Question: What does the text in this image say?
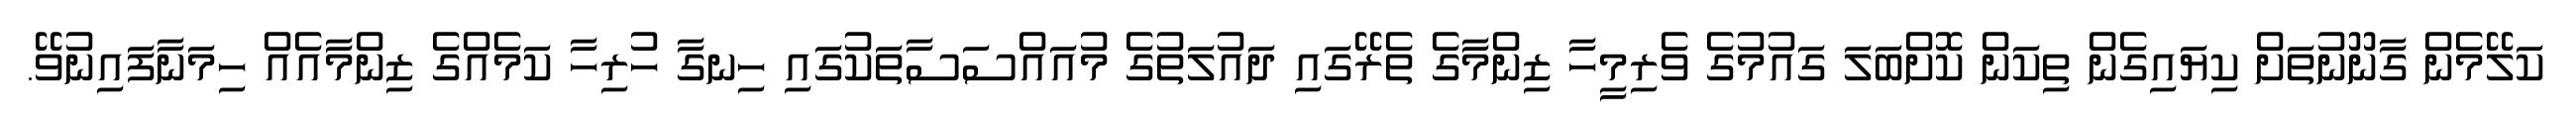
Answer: ކަލޭމެން ގާނޫނުތަށް ކިޔައިގެން ތިކަން ކޮށްބަލަ ގައުމުގެ ވެރިމީހާ ޒިންމާގެ ތެރޭގައި ދައުލަތުގެ މުއައްސަސާތަކުގައި ހިނގާ ހުރިހާ ކަމެއްގެ ޒިންމާއެއް ހިމަނާފައިނުވޭ.